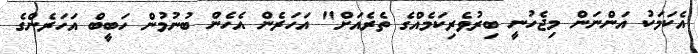
އެކަމަކު އަންނަން މިޖެހުނީ ބިރުވެރިކަމެއްގެ ތެރެއަށް" އަހަރެން އެހެން ބުނުމުން ހަބީބް އަހަރެންގެ